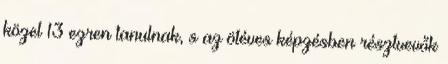
közel 13 ezren tanulnak, s az ötéves képzésben résztvevők